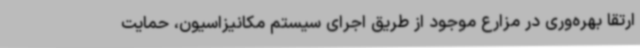
ارتقا بهره‌وری در مزارع موجود از طریق اجرای سیستم مکانیزاسیون، حمایت